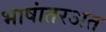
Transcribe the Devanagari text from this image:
भाषांतरअत